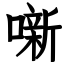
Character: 噺